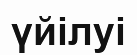
үйілуі